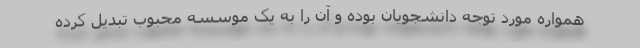
همواره مورد توجه دانشجویان بوده و آن را به یک موسسه محبوب تبدیل کرده